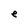
Character: e